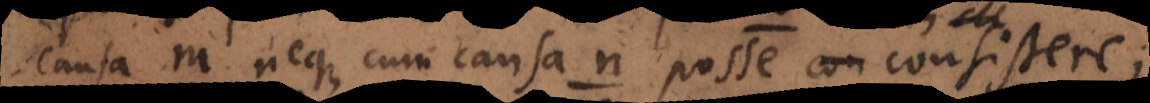
causa m neque cum causa n posse consistere;